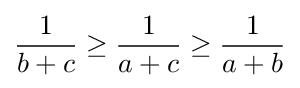
{\frac {1}{b+c}}\geq {\frac {1}{a+c}}\geq {\frac {1}{a+b}}